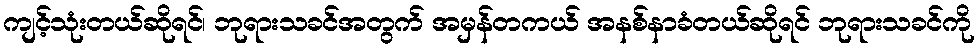
ကျင့်သုံးတယ်ဆိုရင်၊ ဘုရားသခင်အတွက် အမှန်တကယ် အနစ်နာခံတယ်ဆိုရင် ဘုရားသခင်ကို